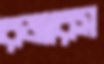
রজারস